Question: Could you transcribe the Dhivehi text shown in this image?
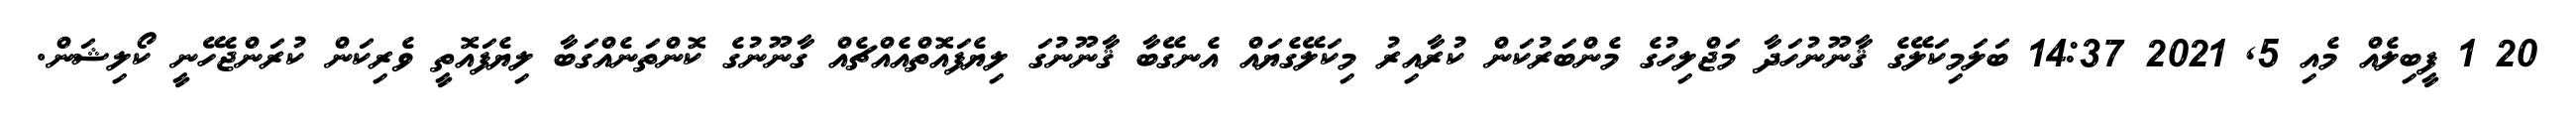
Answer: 20 1 ފީބިލެއް މެއި 5, 2021 14:37 ބަލަމިކަލޭގެ ޤާނޫނުހަދާ މަޖްލިހުގެ މެންބަރުކަން ކުރާއިރު މިކަލޭގެޔައް އެނގޭބާ ޤާނޫނުގަ ލިޔެފައޮތްއެއްޗެއް ގާނޫނުގެ ކޮންތަނެއްގަބާ ލިޔެފައޮތީ ވެރިކަން ކުރަންޖެހޭނީ ކޯލިޝަން.